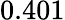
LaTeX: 0.401